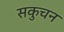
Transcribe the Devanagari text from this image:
सकुचन